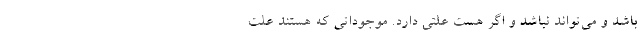
باشد و می‌تواند نباشد و اگر هست علتی دارد. موجوداتی که هستند علت